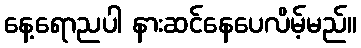
နေ့ရောညပါ နားဆင်နေပေလိမ့်မည်။